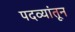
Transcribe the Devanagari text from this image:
पदव्यांतून